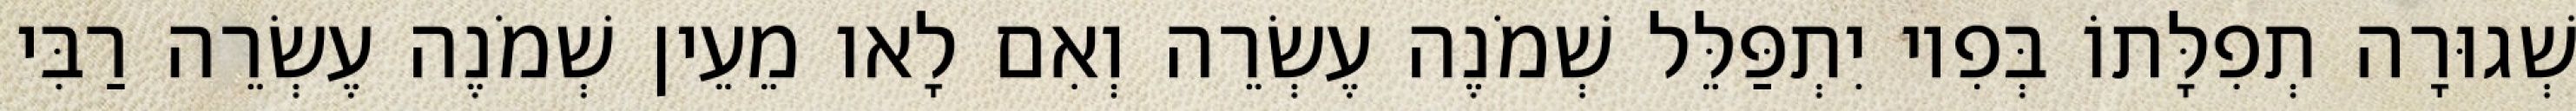
שְׁגוּרָה תְפִלָּתוֹ בְּפִיו יִתְפַּלֵּל שְׁמֹנֶה עֶשְׂרֵה וְאִם לָאו מֵעֵין שְׁמֹנֶה עֶשְׂרֵה רַבִּי